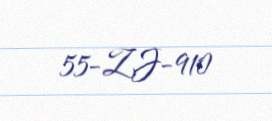
55-ZJ-910